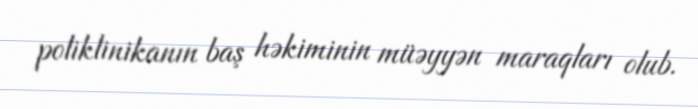
poliklinikanın baş həkiminin müəyyən maraqları olub.